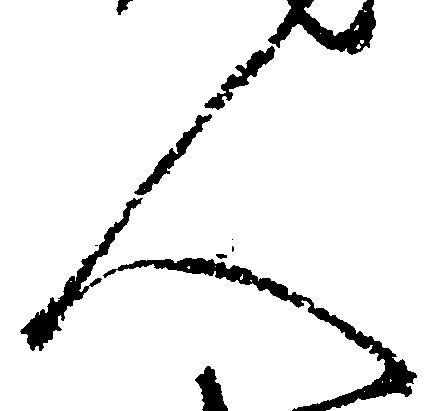
人